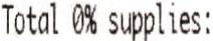
TOTAL 0% SUPPLIES: